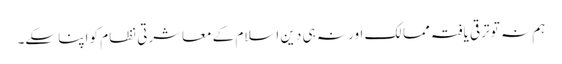
ہم نہ تو ترقی یافتہ ممالک اور نہ ہی دین اسلام کے معاشرتی نظام کو اپنا سکے۔